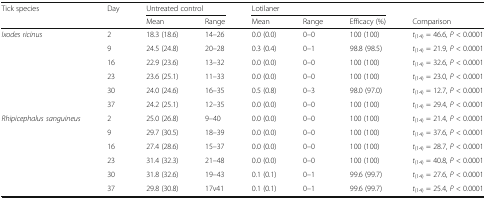
| <ROWSPAN=2> Tick species | <ROWSPAN=2> Day | <COLSPAN=2> Untreated control | <COLSPAN=3> Lotilaner |  |
 | Mean | Range | Mean | Range | Efficacy (%) | Comparison |
 | --- | --- | --- | --- | --- | --- | --- | --- |
 | <ROWSPAN=6> Ixodes ricinus | 2 | 18.3 (18.6) | 14–26 | 0.0 (0.0) | 0–0 | 100 (100) | t(14) = 46.6, P < 0.0001 |
 | 9 | 24.5 (24.8) | 20–28 | 0.3 (0.4) | 0–1 | 98.8 (98.5) | t(14) = 21.9, P < 0.0001 |
 | 16 | 22.9 (23.6) | 13–32 | 0.0 (0.0) | 0–0 | 100 (100) | t(14) = 32.6, P < 0.0001 |
 | 23 | 23.6 (25.1) | 11–33 | 0.0 (0.0) | 0–0 | 100 (100) | t(14) = 23.0, P < 0.0001 |
 | 30 | 24.0 (24.6) | 16–35 | 0.5 (0.8) | 0–3 | 98.0 (97.0) | t(14) = 12.7, P < 0.0001 |
 | 37 | 24.2 (25.1) | 12–35 | 0.0 (0.0) | 0–0 | 100 (100) | t(14) = 29.4, P < 0.0001 |
 | <ROWSPAN=6> Rhipicephalus sanguineus | 2 | 25.0 (26.8) | 9–40 | 0.0 (0.0) | 0–0 | 100 (100) | t(14) = 21.4, P < 0.0001 |
 | 9 | 29.7 (30.5) | 18–39 | 0.0 (0.0) | 0–0 | 100 (100) | t(14) = 37.6, P < 0.0001 |
 | 16 | 27.4 (28.6) | 15–37 | 0.0 (0.0) | 0–0 | 100 (100) | t(14) = 28.7, P < 0.0001 |
 | 23 | 31.4 (32.3) | 21–48 | 0.0 (0.0) | 0–0 | 100 (100) | t(14) = 40.8, P < 0.0001 |
 | 30 | 31.8 (32.6) | 19–43 | 0.1 (0.1) | 0–1 | 99.6 (99.7) | t(14) = 27.6, P < 0.0001 |
 | 37 | 29.8 (30.8) | 17v41 | 0.1 (0.1) | 0–1 | 99.6 (99.7) | t(14) = 25.4, P < 0.0001 |